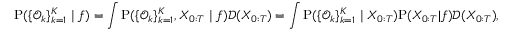
\small \mathrm { P } ( \{ \mathcal { O } _ { k } \} _ { k = 1 } ^ { K } \mid f ) = \int \mathrm { P } ( \{ \mathcal { O } _ { k } \} _ { k = 1 } ^ { K } , X _ { 0 : T } \mid f ) \mathcal { D } ( X _ { 0 : T } ) = \int \mathrm { P } ( \{ \mathcal { O } _ { k } \} _ { k = 1 } ^ { K } \mid X _ { 0 : T } ) \mathrm { P } ( X _ { 0 : T } | f ) \mathcal { D } ( X _ { 0 : T } ) ,